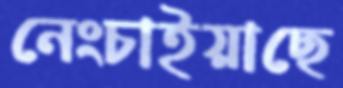
নেংচাইয়াছে